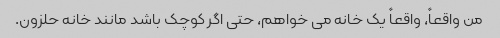
من واقعاً، واقعاً یک خانه می خواهم، حتی اگر کوچک باشد مانند خانه حلزون.